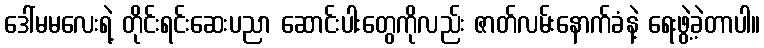
ဒေါ်မမလေးရဲ့ တိုင်းရင်းဆေးပညာ ဆောင်းပါးတွေကိုလည်း ဇာတ်လမ်းနောက်ခံနဲ့ ရေးဖွဲ့ခဲ့တာပါ။